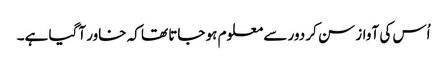
اُس کی آواز سن کر دور سے معلوم ہو جاتا تھا کہ خاور آگیا ہے۔